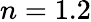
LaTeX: n=1.2